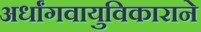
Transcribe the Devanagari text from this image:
अर्धांगवायुविकाराने